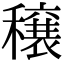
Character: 穣